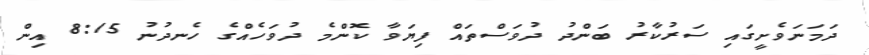
ދަމަނަވެށީގައި ސަރުކާރު ބަންދު ދުވަސްތައް ފިޔަވާ ކޮންމެ ދުވަހެއްގެ ހެނދުނު 8:15 އިން